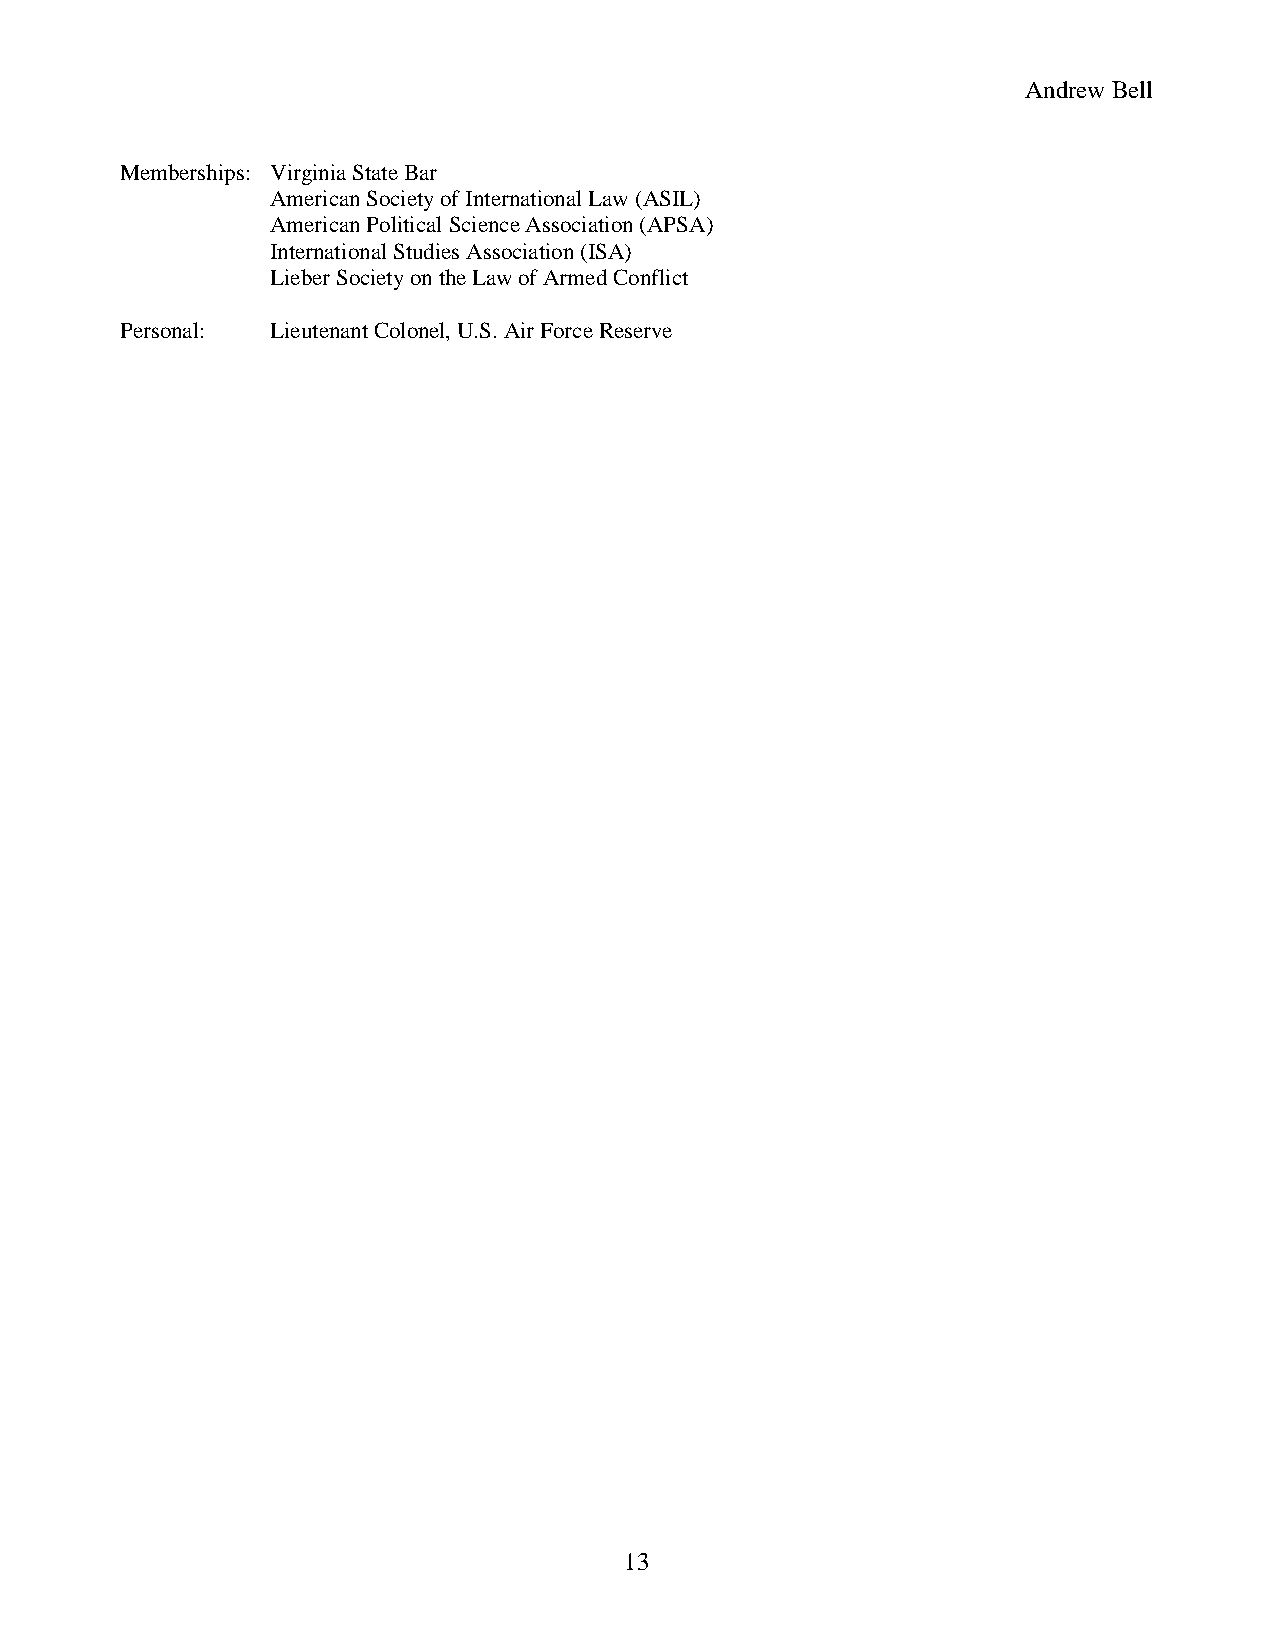
Andrew Bell
 Memberships: Virginia State Bar
 American Society of International Law (ASIL)
 American Political Science Association (APSA)
 International Studies Association (ISA)
 Lieber Society on the Law of Armed Conflict
 Personal: Lieutenant Colonel, U.S. Air Force Reserve
 13